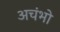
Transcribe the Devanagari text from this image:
अचंभो